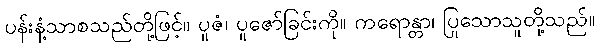
ပန်းနံ့သာစသည်တို့ဖြင့်။ ပူဇံ၊ ပူဇော်ခြင်းကို။ ကရောန္တာ၊ ပြုသောသူတို့သည်။